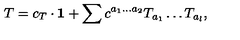
T = c _ { T } \cdot { \bf 1 } + \sum c ^ { a _ { 1 } \dots a _ { 2 } } T _ { a _ { 1 } } \dots T _ { a _ { l } } ,